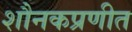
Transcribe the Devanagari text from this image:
शौनकप्रणीत